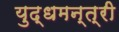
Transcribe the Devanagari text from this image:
युद्धमन्त्री